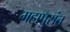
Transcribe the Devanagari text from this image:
महापुरांत